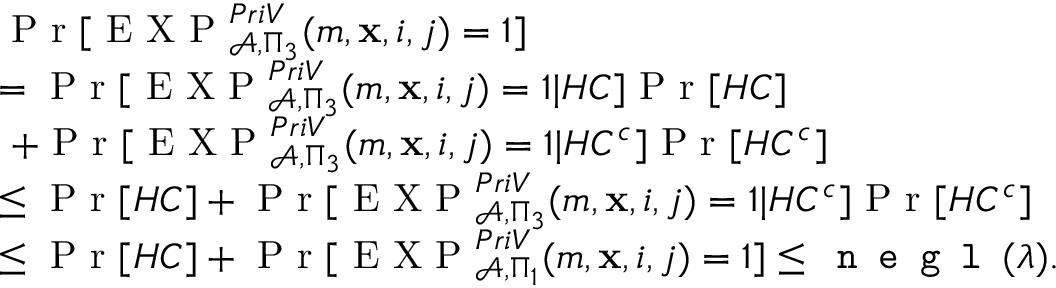
\begin{array} { r l } & { \textrm { P r } [ \textrm { E X P } _ { \mathcal { A } , \Pi _ { 3 } } ^ { P r i V } ( m , \mathbf { x } , i , j ) = 1 ] } \\ & { = \textrm { P r } [ \textrm { E X P } _ { \mathcal { A } , \Pi _ { 3 } } ^ { P r i V } ( m , \mathbf { x } , i , j ) = 1 | H C ] \textrm { P r } [ H C ] } \\ & { ~ + \textrm { P r } [ \textrm { E X P } _ { \mathcal { A } , \Pi _ { 3 } } ^ { P r i V } ( m , \mathbf { x } , i , j ) = 1 | H C ^ { c } ] \textrm { P r } [ H C ^ { c } ] } \\ & { \leq \textrm { P r } [ H C ] + \textrm { P r } [ \textrm { E X P } _ { \mathcal { A } , \Pi _ { 3 } } ^ { P r i V } ( m , \mathbf { x } , i , j ) = 1 | H C ^ { c } ] \textrm { P r } [ H C ^ { c } ] } \\ & { \leq \textrm { P r } [ H C ] + \textrm { P r } [ \textrm { E X P } _ { \mathcal { A } , \Pi _ { 1 } } ^ { P r i V } ( m , \mathbf { x } , i , j ) = 1 ] \leq \texttt { n e g l } ( \lambda ) . } \end{array}